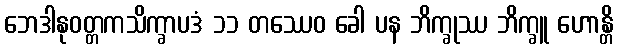
ဘေဒါနုဝတ္တကသိက္ခာပဒံ ၁၁ တဿေဝ ခေါ ပန ဘိက္ခုဿ ဘိက္ခူ ဟောန္တိ